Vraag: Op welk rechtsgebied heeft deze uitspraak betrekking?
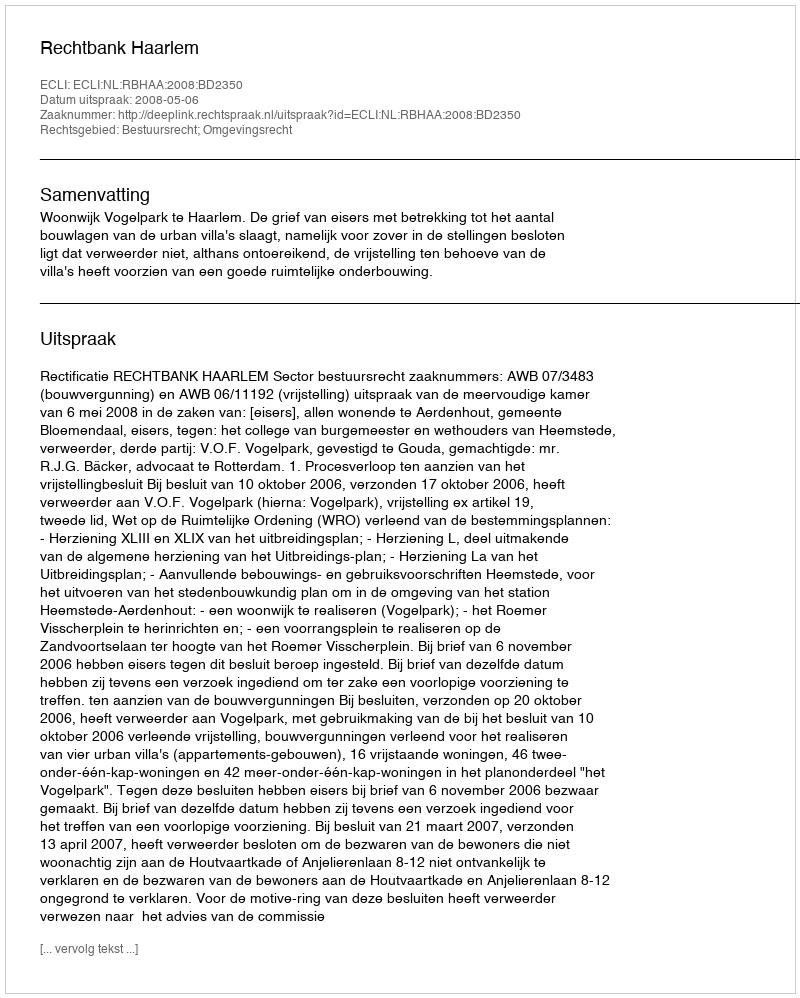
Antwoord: Bestuursrecht; Omgevingsrecht